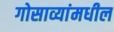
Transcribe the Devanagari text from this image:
गोसाव्यांमधील